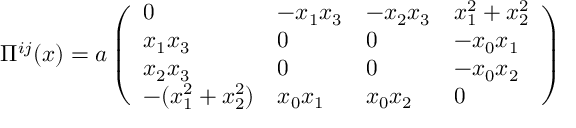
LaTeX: \Pi ^ { i j } ( x ) = a \left( \begin{array} { l l l l } { { 0 } } & { { - x _ { 1 } x _ { 3 } } } & { { - x _ { 2 } x _ { 3 } } } & { { x _ { 1 } ^ { 2 } + x _ { 2 } ^ { 2 } } } \\ { { x _ { 1 } x _ { 3 } } } & { { 0 } } & { { 0 } } & { { - x _ { 0 } x _ { 1 } } } \\ { { x _ { 2 } x _ { 3 } } } & { { 0 } } & { { 0 } } & { { - x _ { 0 } x _ { 2 } } } \\ { { - ( x _ { 1 } ^ { 2 } + x _ { 2 } ^ { 2 } ) } } & { { x _ { 0 } x _ { 1 } } } & { { x _ { 0 } x _ { 2 } } } & { { 0 } } \end{array} \right)